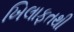
ખિલાફતથી